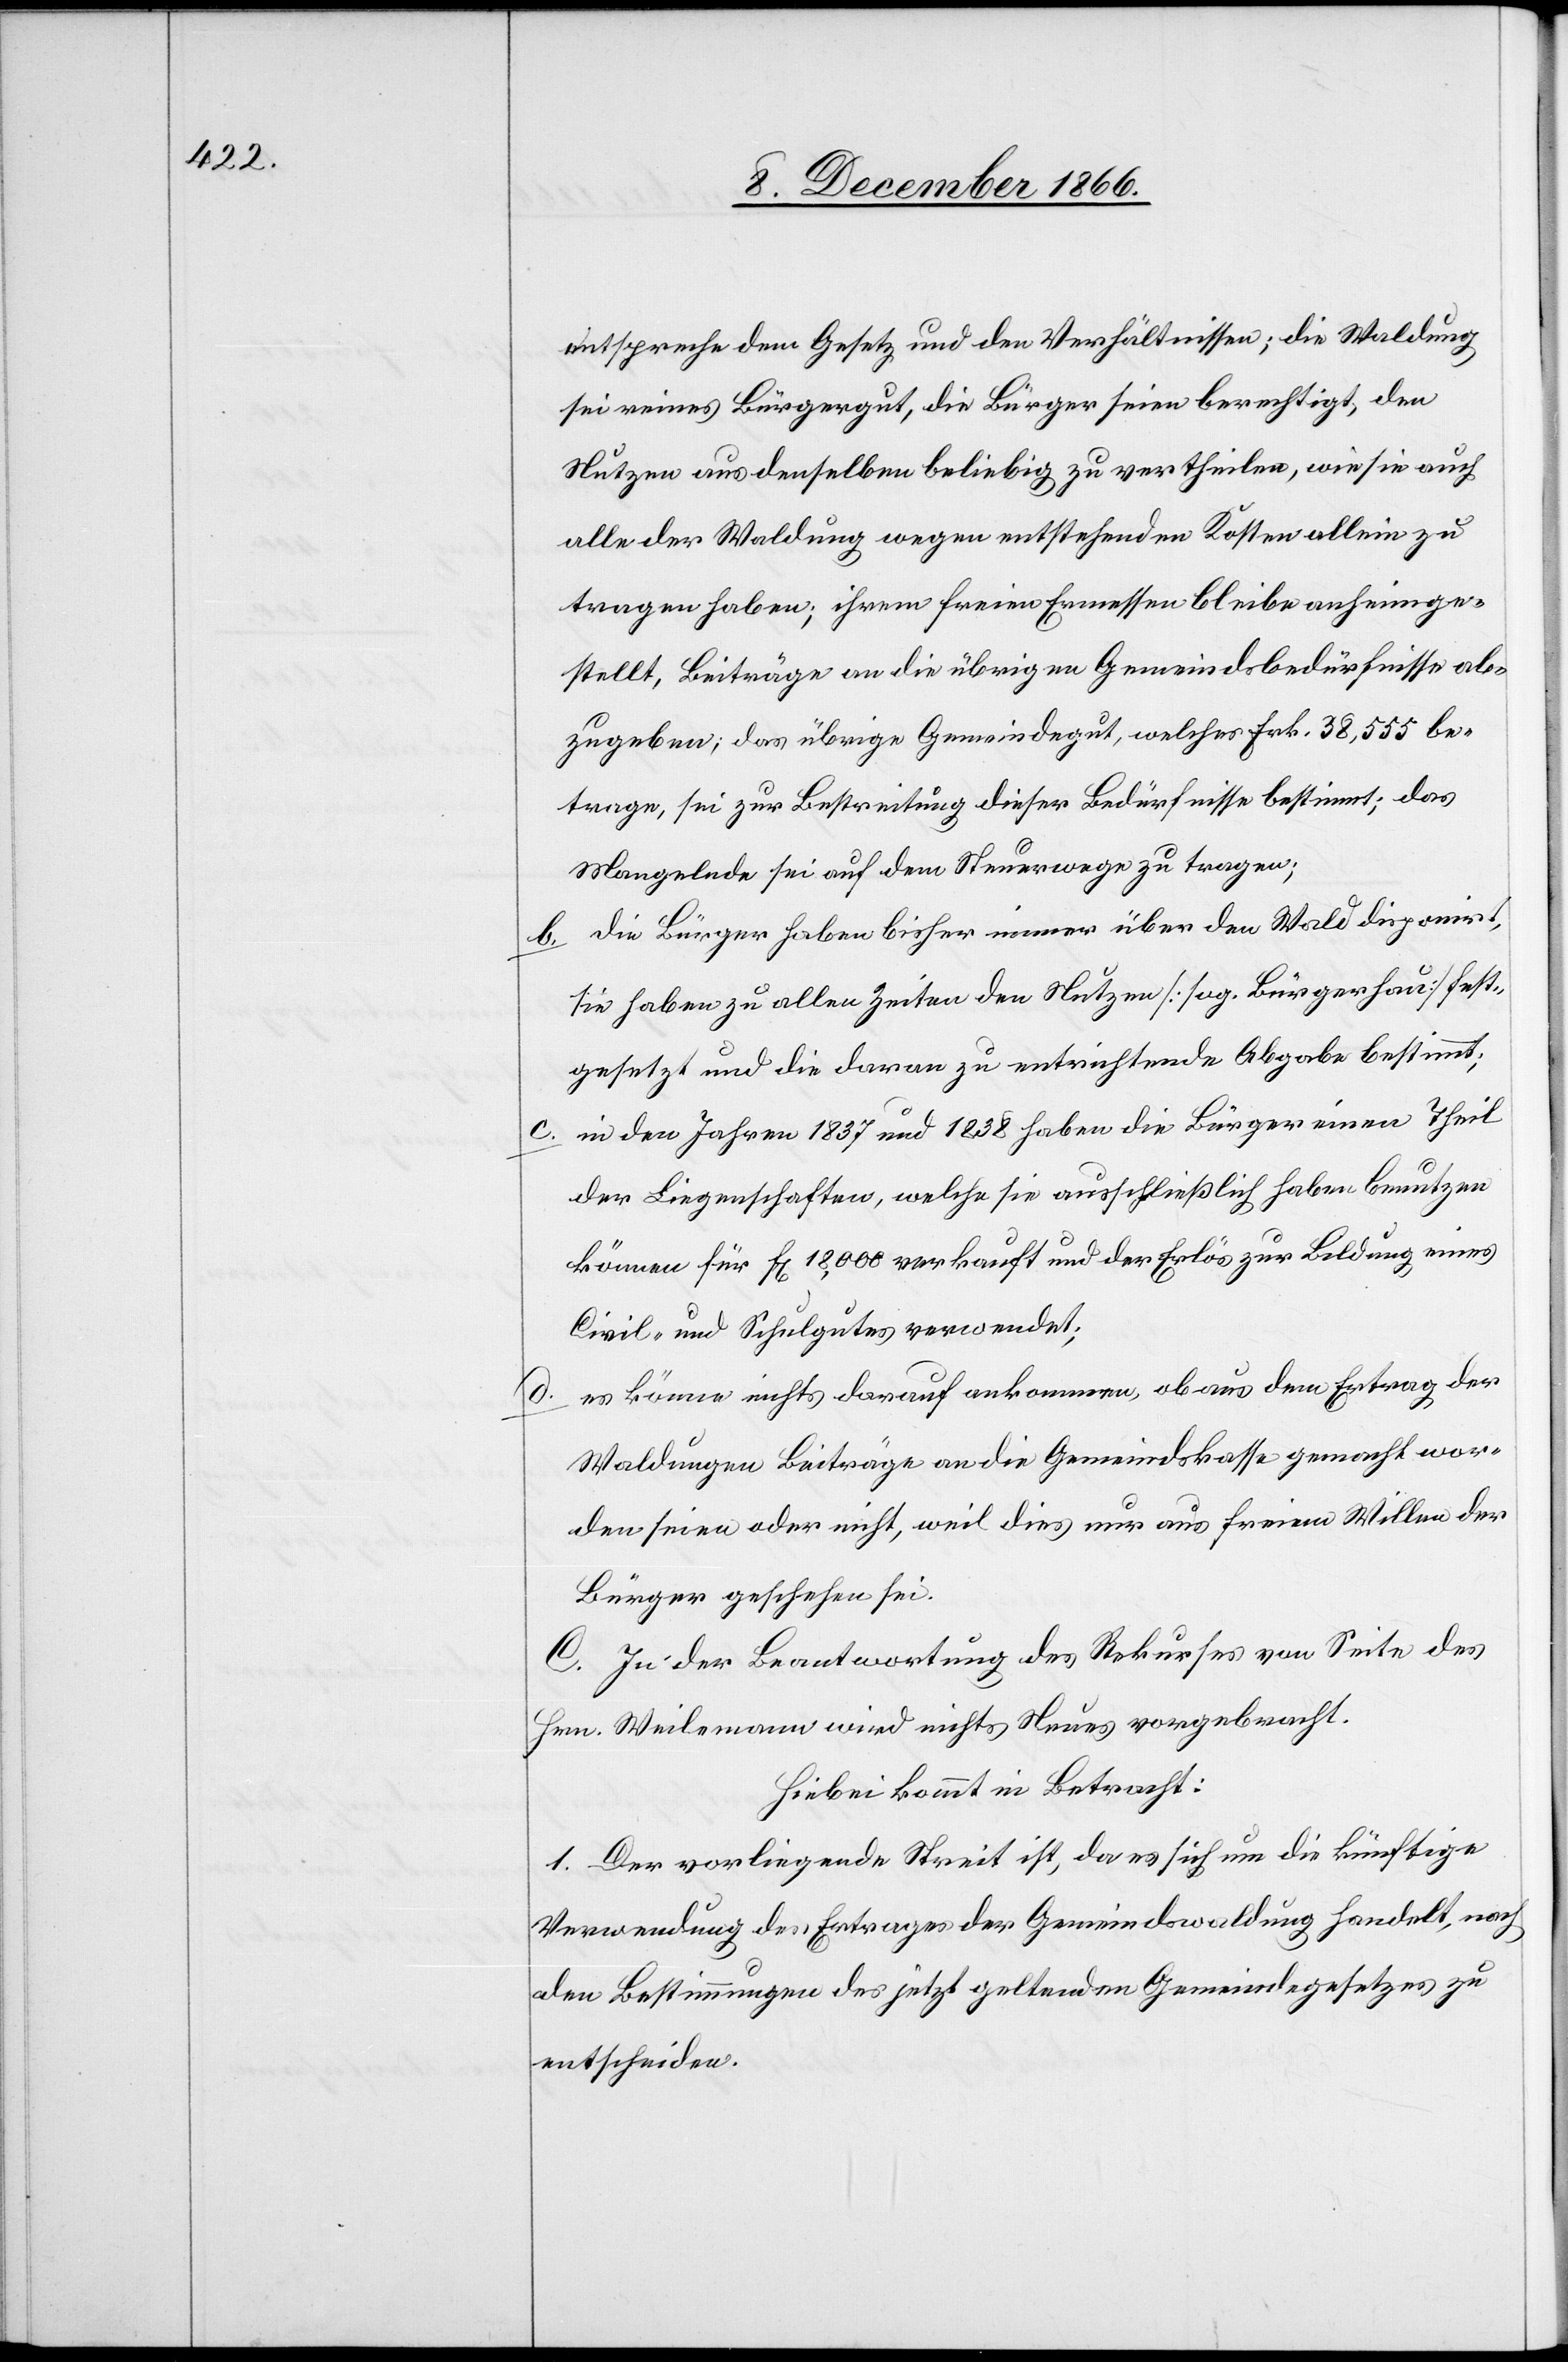
entspreche dem Gesetz und den Verhältnissen; die Waldung
sei reines Bürgergut, die Bürger seien berechtigt, den
Nutzen aus denselben beliebig zu vertheilen, wie sie auch
alle der Waldung wegen entstehenden Kosten allein zu
tragen haben; ihrem freien Ermessen bleibe anheimge¬
stellt, Beiträge an die übrigen Gemeindsbedürfnisse ab¬
zugeben; das übrige Gemeindegut, welches Frk. 38 555 be¬
trage, sie zur Bestreitung dieser Bedürfnisse bestimmt; das
Mangelnde sei auf dem Steuerwege zu tragen;
b. die Bürger haben bisher immer über den Wald disponirt,
sie haben zu allen Zeiten den Nutzen [sog. Bürgerhau] fest¬
gesetzt und die daran zu entrichtende Abgabe bestimmt;
c. in den Jahren 1837 und 1838 haben die Bürger einen Theil
der Liegenschaften, welche sie ausschließlich haben benutzen
können für Fr. 18 000 verkauft und der Erlös zur Bildung eines
Civil- und Schulgutes verwendet;
es könne nichts darauf ankommen, ob aus dem Ertrag der
Waldungen Beiträge an die Gemeindskasse gemacht wor¬
den seien oder nicht, weil dies nur aus freiem Willen der
Bürger geschehen sei.
C. In der Beantwortung des Rekurses von Seite des
Hrn. Weilemann wird nichts Neues vorgebracht.
Hiebei kommt in Betracht:
1. Der vorliegende Streit ist, da es sich um die künftige
Verwendung des Ertrages der Gemeindswaldung handelt, nach
den Bestimmungen des jetzt geltenden Gemeindegesetzes zu
entscheiden.